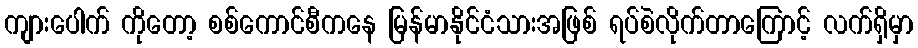
ကျားပေါက် ကိုတော့ စစ်ကောင်စီကနေ မြန်မာနိုင်ငံသားအဖြစ် ရပ်စဲလိုက်တာကြောင့် လက်ရှိမှာ